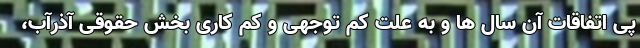
پی اتفاقات آن سال ها و به علت کم ‌توجهی و کم ‌کاری بخش حقوقی آذرآب،